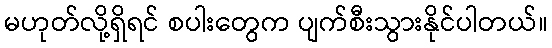
မဟုတ်လို့ရှိရင် စပါးတွေက ပျက်စီးသွားနိုင်ပါတယ်။